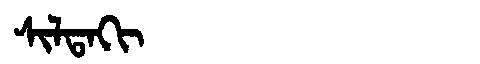
Manchu: ᠰᡳᠯᡨᠠᡴᡳ
Romanization: SILTAKI